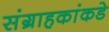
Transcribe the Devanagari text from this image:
संग्राहकांकडे